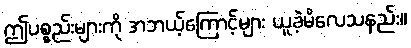
ဤပစ္စည်းများကို အဘယ့်ကြောင့်များ ယူခဲ့မိလေသနည်း။